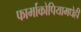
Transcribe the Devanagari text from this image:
फार्माकोपियामधेही